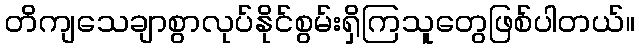
တိကျသေချာစွာလုပ်နိုင်စွမ်းရှိကြသူတွေဖြစ်ပါတယ်။